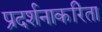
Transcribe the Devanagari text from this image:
प्रदर्शनाकरिता